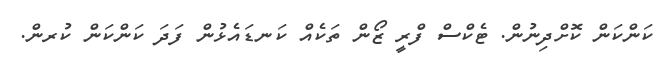
ކަންކަން ކޮށްދިނުން. ޓެކްސް ފްރީ ޒޯން ތަކެއް ކަނޑައެޅުން ފަދަ ކަންކަން ކުުރން.